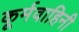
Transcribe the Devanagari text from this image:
कूर्मवाहिनी